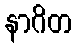
နာဂိတ